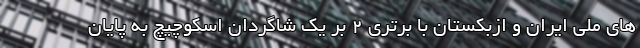
های ملی ایران و ازبکستان با برتری ۲ بر یک شاگردان اسکوچیچ به پایان